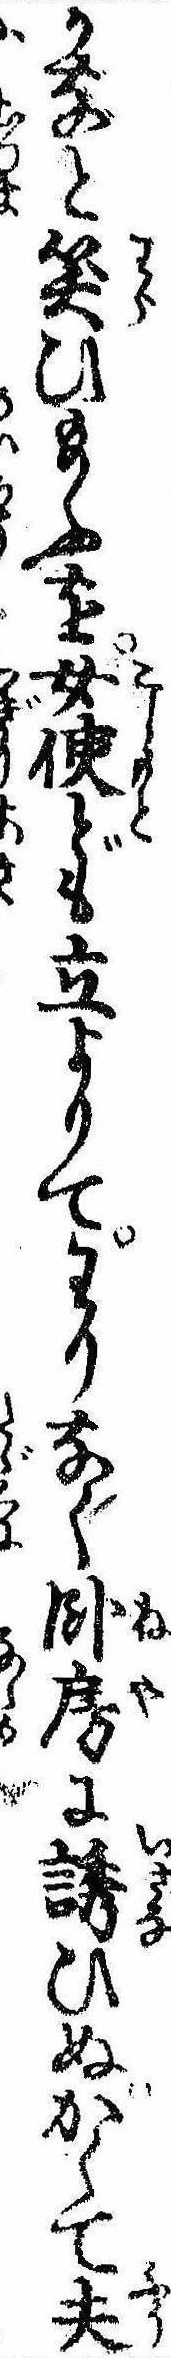
かなと笑ひ給ふを女使ども立よりてわりなく臥房に誘ひぬかくて夫